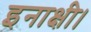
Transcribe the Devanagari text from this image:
इनाक्षी।